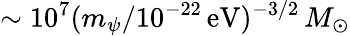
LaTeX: \sim 10^{7}(m_{\psi}/10^{-22}\mathrm{\, eV})^{-3/2}\, M_{\odot}